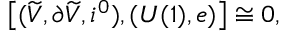
\left[ ( \widetilde { V } , \partial \widetilde { V } , i ^ { 0 } ) , ( U ( 1 ) , e ) \right] \cong 0 ,